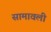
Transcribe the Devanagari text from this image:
सामावली